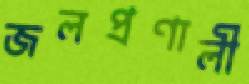
জলপ্রণালী